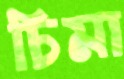
চিমা